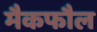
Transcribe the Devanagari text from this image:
मैकफौल